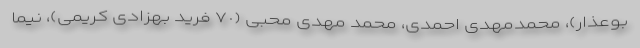
بوعذار)، محمدمهدی احمدی، محمد مهدی محبی (٧٠ فرید بهزادی کریمی)، نیما